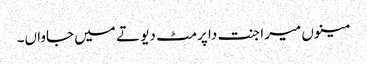
مینوں میرا جنت دا پرمٹ دیو تے میں جاواں۔